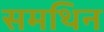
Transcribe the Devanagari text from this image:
समथिन